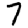
Digit: 7